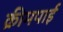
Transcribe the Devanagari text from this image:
क्रीमपाई